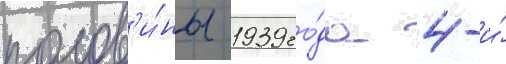
полов'и́ны 1939 го́да 4-и́